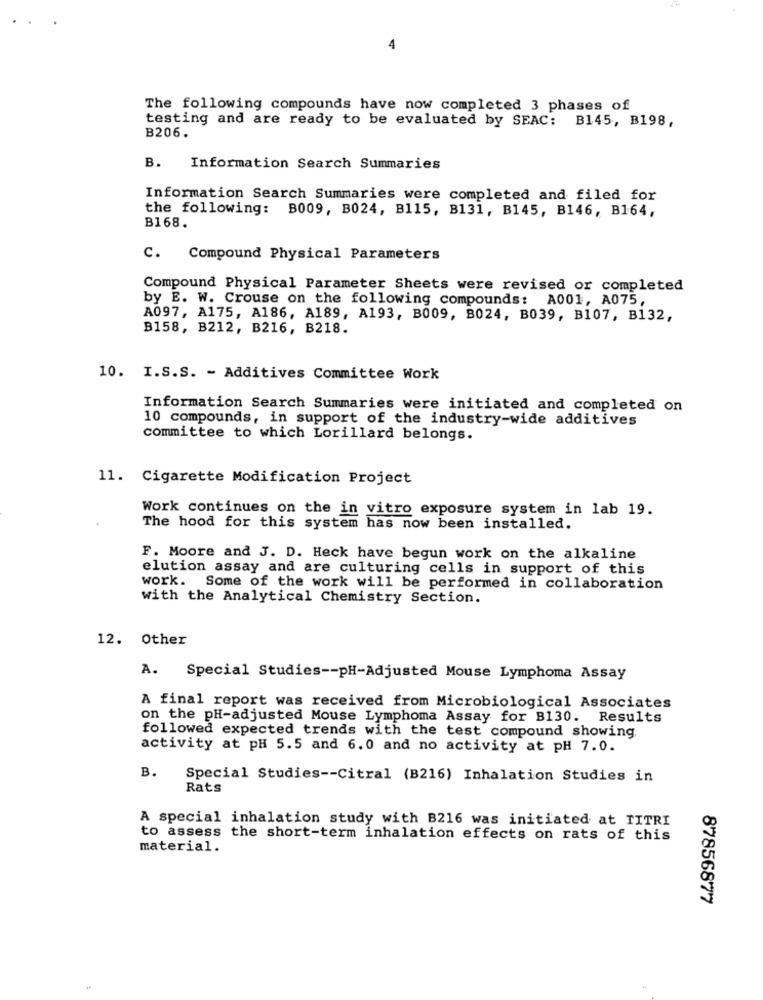
4
The following compounds have now completed 3 phases of
testing and are ready to be evaluated by SEAC: B145, B198,
B206.
B. Information Search Summaries
Information Search Summaries were completed and filed for
the following: B009, B024, B115, B131, B145, B146, B164,
B168.
C. Compound Physical Parameters
Compound Physical Parameter Sheets were revised or completed
by E. W. Crouse on the following compounds: A001, A075,
A097, A175, A186, A189, A193, B009, 8024, B039, B107, B132,
B158, B212, B216, B218.
10. I.S.S. - Additives Committee Work
Information Search Summaries were initiated and completed on
10 compounds, in support of the industry-wide additives
committee to which Lorillard belongs.
11. Cigarette Modification Project
Work continues on the in vitro exposure system in lab 19.
The hood for this system has now been installed.
F. Moore and J. D. Heck have begun work on the alkaline
elution assay and are culturing cells in support of this
work. Some of the work will be performed in collaboration
with the Analytical Chemistry Section.
12. Other
A.
Special Studies -- pH-Adjusted Mouse Lymphoma Assay
A final report was received from Microbiological Associates
on the pH-adjusted Mouse Lymphoma Assay for B130. Results
followed expected trends with the test compound showing
activity at pH 5.5 and 6.0 and no activity at pH 7.0.
B.
Special Studies -- Citral (B216) Inhalation Studies in
Rats
A special inhalation study with B216 was initiated at TITRI
to assess the short-term inhalation effects on rats of this
material.
87856877